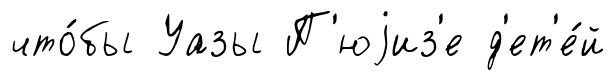
что́бы Уазы П'юjиз'е д'ет'е́й